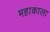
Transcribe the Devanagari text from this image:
महाकाला